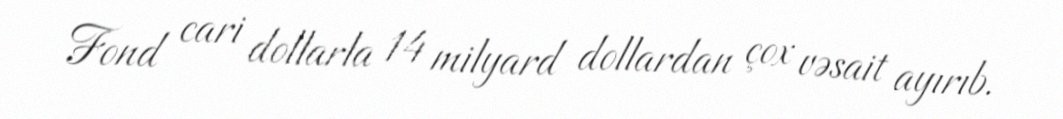
Fond cari dollarla 14 milyard dollardan çox vəsait ayırıb.